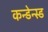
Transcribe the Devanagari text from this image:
कन्डेन्स्ड